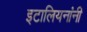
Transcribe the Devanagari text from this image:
इटालियनांनी